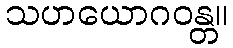
သဟယောဂဝန္တ။